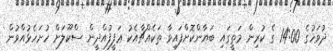
ދުވަހުގެ 14:00 ގެ ކުރިން މަތީގައި ބަޔާންކޮށްފައިވާ ތަކެއްޗާއެކު ޢަފީފުއްދީން ސްކޫލަށް ހުށަހެޅުއްވުން